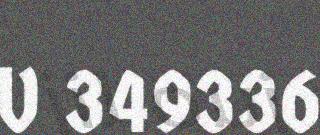
V 349336